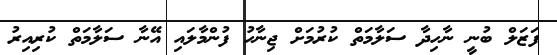
ފަޒަލް ބުނީ ނާހިދާ ސަލާމަތް ކުރުމަށް ޖިނާހު ފުންމާލައި އޭނާ ސަލާމަތް ކުރިއިރު